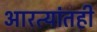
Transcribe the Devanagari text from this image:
आरत्यांतही